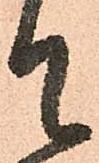
て